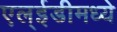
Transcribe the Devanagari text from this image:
एल्‌ईडीमध्ये